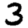
Digit: 3